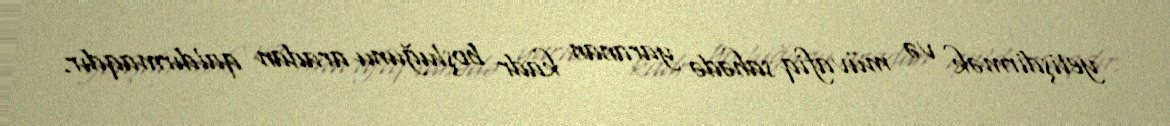
yetişdirmək və müvafiq sahədə yaranan kadr boşluğunu aradan qaldırmaqdır.